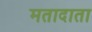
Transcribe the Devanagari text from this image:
मतादाता